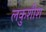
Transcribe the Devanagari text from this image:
लकुशीश